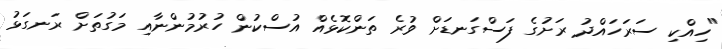
"ހިއްކި ސަރަހައްދު ރަށުގެ ފަސްގަނޑަށް ވުރެ ތަންކޮޅެއް އުސްކުން ހުރުމުންނާއި މަގުތަށް ރަނގަޅު